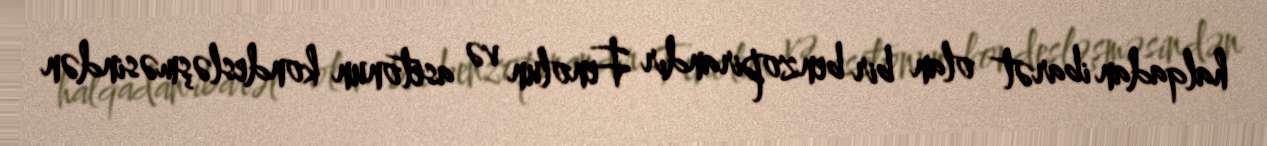
halqadan ibarət olan bir benzopirandır Fenolun və asetonun kondesləşməsindən